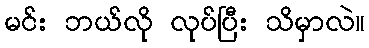
မင်း ဘယ်လို လုပ်ပြီး သိမှာလဲ။